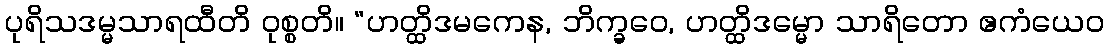
ပုရိသဒမ္မသာရထီတိ ဝုစ္စတိ။ “ဟတ္ထိဒမကေန, ဘိက္ခဝေ, ဟတ္ထိဒမ္မော သာရိတော ဧကံယေဝ